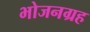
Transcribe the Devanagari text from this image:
भोजनग्रह